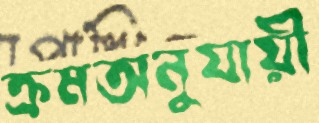
ক্রমঅনুযায়ী